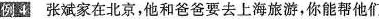
例4 张斌家在北京，他和爸爸要去上海旅游，你能帮他们